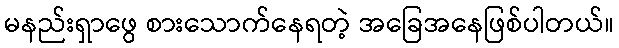
မနည်းရှာဖွေ စားသောက်နေရတဲ့ အခြေအနေဖြစ်ပါတယ်။